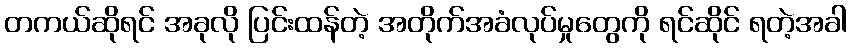
တကယ်ဆိုရင် အခုလို ပြင်းထန်တဲ့ အတိုက်အခံလုပ်မှုတွေကို ရင်ဆိုင် ရတဲ့အခါ